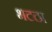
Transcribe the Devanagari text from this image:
भटठा